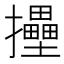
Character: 𢹮